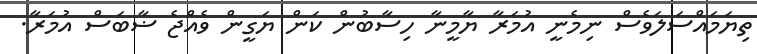
ތިޔަމައްސަލަވެސް ނިމެނީ އުމަރާ ޔާމީނާ ހިސާބުން ކަން ޔަގީން ވެއްޖެ ޟާބަސް އުމަރާ.